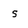
Character: s